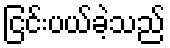
ငြင်းပယ်ခဲ့သည်